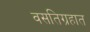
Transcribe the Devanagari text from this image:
वसतिग्रहात